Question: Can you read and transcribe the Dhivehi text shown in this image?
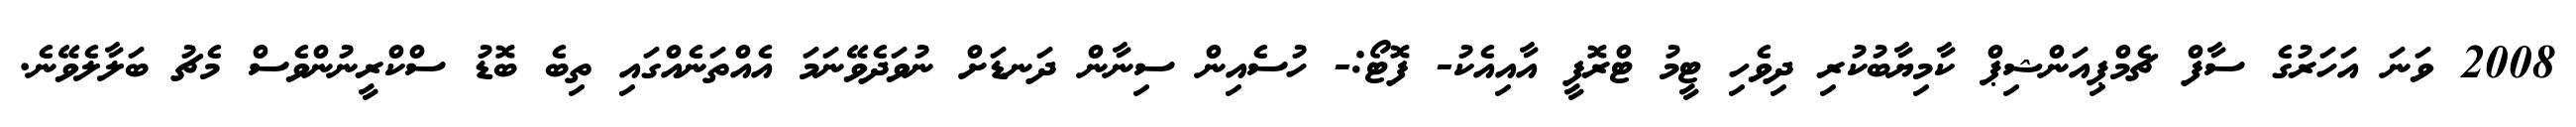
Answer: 2008 ވަނަ އަހަރުގެ ސާފް ޗެމްޕިއަންޝިޕް ކާމިޔާބުކުރި ދިވެހި ޓީމު ޓްރޮފީ އާއިއެކު- ފޮޓޯ:- ހުސެއިން ސިނާން ދަނޑަށް ނުވަދެވޭނަމަ އެއްތަނެއްގައި ތިބެ ބޮޑު ސްކްރީނުންވެސް މެޗު ބަލާލެވޭނެ.